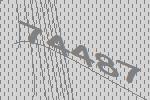
74487